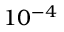
1 0 ^ { - 4 }